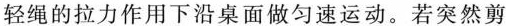
轻绳的拉力作用下沿桌面做匀速运动。若突然剪